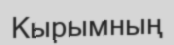
Кырымның